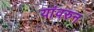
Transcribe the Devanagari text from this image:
यांवरुन